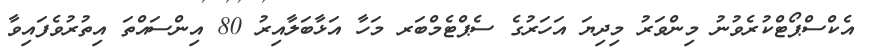
އެކްސްޕޯޓްކުރެވުނު މިންވަރު މިދިޔަ އަހަރުގެ ސެޕްޓެމްބަރ މަހާ އަޅާބަލާއިރު 80 އިންސައްތަ އިތުރުވެފައިވާ